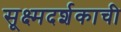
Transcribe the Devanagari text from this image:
सूक्ष्मदर्शकाची